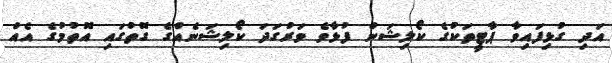
އަދި ގުޅިފައިވާ ޕާޓީތަކުގެ ކޯލިޝަން ފުޅާވެ ވަރުގަދަ ކޯލިޝަނެއްގެ ގޮތުގައި އޮތުމުގެ އެއް